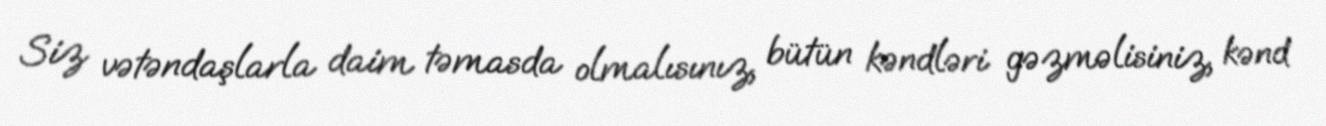
Siz vətəndaşlarla daim təmasda olmalısınız, bütün kəndləri gəzməlisiniz, kənd